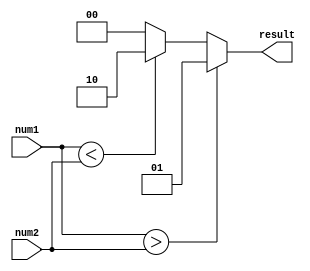
module InequalityComparator (
    input wire [7:0] num1,
    input wire [7:0] num2,
    output reg [1:0] result
);

always @(*) begin
    if(num1 > num2) begin
        result = 2'b01; // Greater than
    end else if(num1 < num2) begin
        result = 2'b10; // Less than
    end else begin
        result = 2'b00; // Equal
    end
end

endmodule